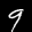
Digit: 9